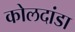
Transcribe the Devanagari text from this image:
कोलदांडा